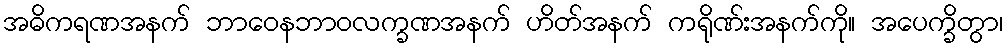
အဓိကရဏအနက် ဘာဝေနဘာဝလက္ခဏအနက် ဟိတ်အနက် ကရိုဏ်းအနက်ကို။ အပေက္ခိတွာ၊